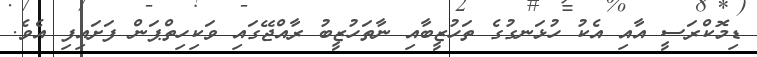
ޑިމޮކްރަސީ އާއި އެކު ހުޅަނގުގެ ތަހުޒީބާއި ނާތަހުޒީބު ރާއްޖޭގައި ވަކިހިތްޕަން ފަށައިފި އެވެ.